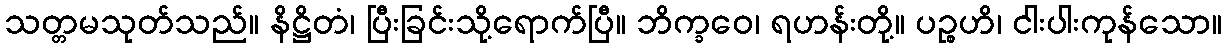
သတ္တမသုတ်သည်။ နိဋ္ဌိတံ၊ ပြီးခြင်းသို့ရောက်ပြီ။ ဘိက္ခဝေ၊ ရဟန်းတို့။ ပဉ္စဟိ၊ ငါးပါးကုန်သော။